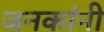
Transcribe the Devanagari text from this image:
जनकांनी